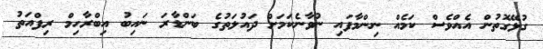
ގުޅޭގޮތުން އެއްވެސް ކަމެއް ނިންމާފައި ނުވާނެކަމަށް ދައުލަތުގެ ބަންޑާރަ ނައިބު އިބްރާހިމް ރިފްއަތު